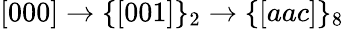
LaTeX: [000]\rightarrow\{ [001]\} _{2}\rightarrow\{ [aac]\} _{8}